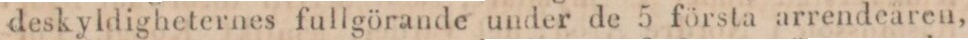
deskyldigheternes fullgörande under de 5 första arrendearen,